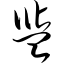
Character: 盐